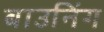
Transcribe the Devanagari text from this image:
बाउनिंग